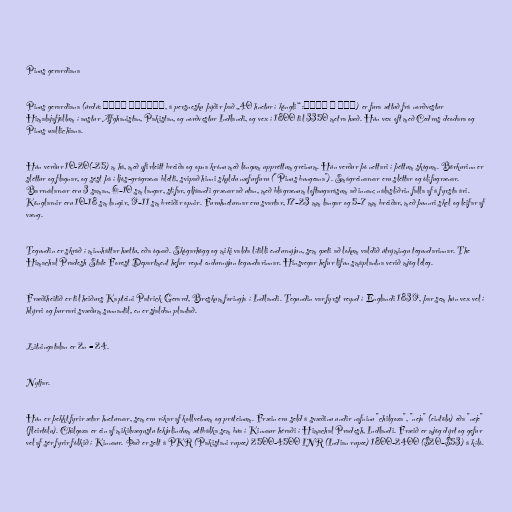
Pinus gerardiana

Pinus gerardiana (úrdú: چلغوزا پائن, á persnesku þýðir það „40 hnetur í köngli“ :چهل و غوزه) er fura ættuð frá norðvestur
Himalajafjöllum í austur Afghanistan, Pakistan, og norðvestur Indlandi, og vex í 1800 til 3350 metra hæð. Hún vex oft með Cedrus deodara og
Pinus wallichiana.

Hún verður 10-20(-25) m há, með yfirleitt breiða og opna krónu með löngum uppréttum greinum. Hún verður þó nettari í þéttum skógum. Börkurinn er
sléttur og flagnar, og sést þá í ljós-grágræna bletti, svipað hinni skyldu næfurfuru ("Pinus bungeana"). Smágreinarnar eru sléttar og ólífugrænar.
Barrnálarnar eru 3 saman, 6–10 sm langar, stífar, gljáandi grænar að utan, með blágrænum loftaugarásum að innan; nálaslíðrin falla af á fyrsta ári.
Könglarnir eru 10–18 sm langir, 9–11 sm breiðir opnir. Furuhneturnar eru svartar, 17–23 mm langar og 5–7 mm breiðar, með þunnri skel og leifar af
væng.

Tegundin er skráð í minnháttar hættu, eða ógnað. Skógarhögg og miki valda lítilli endurnýjun, sem gæti að lokum valdið útrýmingu tegundarinnar. The
Himachal Pradesh State Forest Department hefur reynt endurnýjun tegundarinnar. Hinsvegar hefur lifun smáplantna verið mjög léleg.

Fræðiheitið er til heiðurs Kapteini Patrick Gerard, Breskum foringja í Indlandi. Tegundin var fyrst reynd í Englandi 1839, þar sem hún vex vel í
hlýrri og þurrari svæðum sunnantil, en er sjaldan plantað.

Litningatalan er 2n = 24.

Nytjar.

Hún er þekkt fyrir ætar hneturnar, sem eru ríkar af kollvetnum og próteinum. Fræin eru seld á svæðinu undir nafninu "chilgoza", "neja" (eintölu) eða "neje"
(fleirtölu). Chilgoza er ein af mikilvægustu tekjulindum ættbálka sem búa í Kinnaur héraði í Himachal Pradesh, Indlandi. Fræið er mjög dýrt og gefur
vel af sér fyrir fólkið í Kinnaur. Það er selt á PKR (Pakistani rupee) 2500-4500 INR (Indian rupee) 1800-2400 ($20–$53) á kíló.